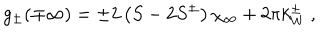
LaTeX: g _ { \pm } ( \mp \infty ) = \pm 2 \left( S - 2 S ^ { \pm } \right) \chi _ { \infty } + 2 \pi k _ { W } ^ { \pm } \: ,